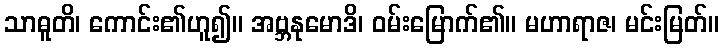
သာဓူတိ၊ ကောင်း၏ဟူ၍။ အဗ္ဘနုမောဒိ၊ ဝမ်းမြောက်၏။ မဟာရာဇ၊ မင်းမြတ်။